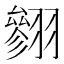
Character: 𱻣